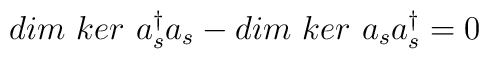
dim\ ker\ a^{\dagger}_{s}a_{s} - dim\ ker\ a_{s}a^{\dagger}_{s}=0